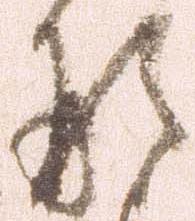
形